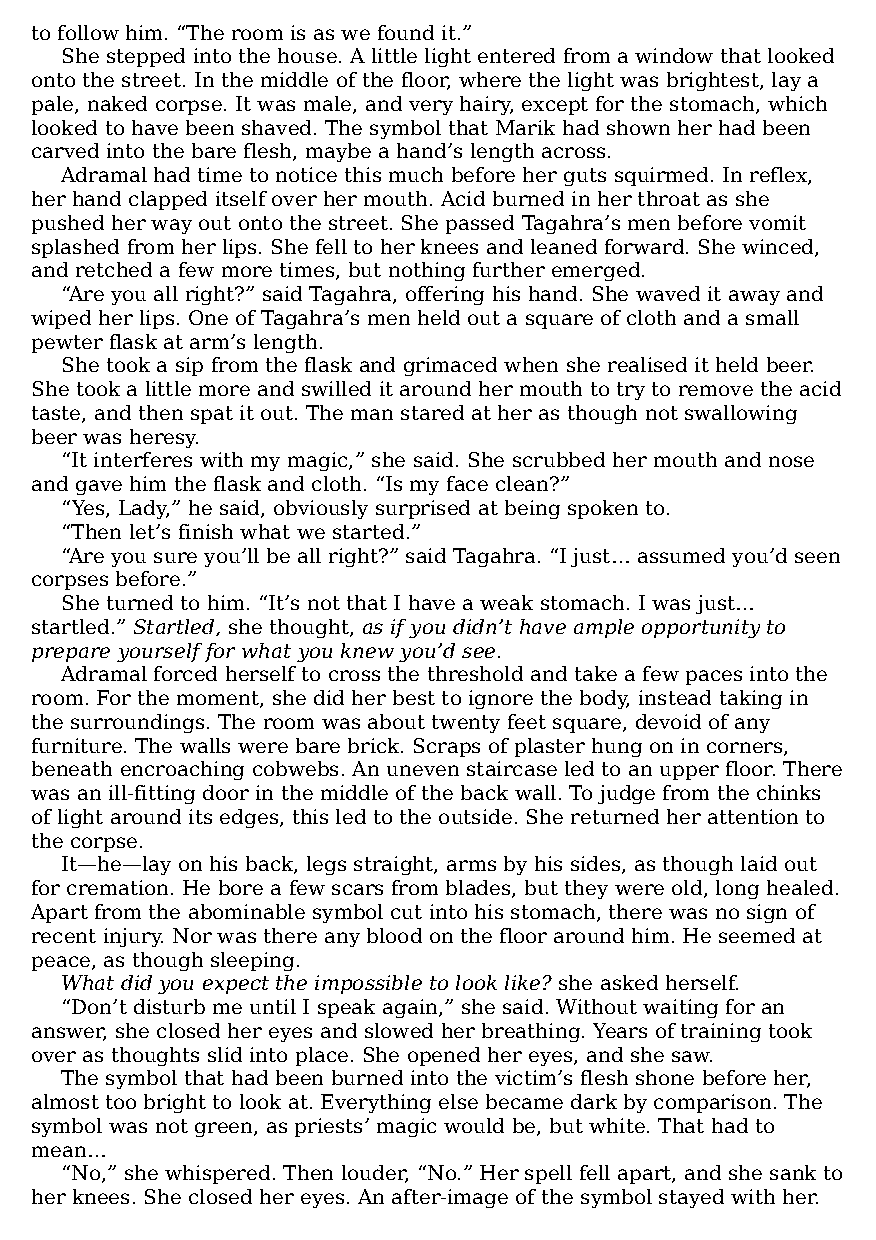
to follow him. “The room is as we found it.”
 She stepped into the house. A little light entered from a window that looked
 onto the street. In the middle of the floor, where the light was brightest, lay a
 pale, naked corpse. It was male, and very hairy, except for the stomach, which
 looked to have been shaved. The symbol that Marik had shown her had been
 carved into the bare flesh, maybe a hand’s length across.
 Adramal had time to notice this much before her guts squirmed. In reflex,
 her hand clapped itself over her mouth. Acid burned in her throat as she
 pushed her way out onto the street. She passed Tagahra’s men before vomit
 splashed from her lips. She fell to her knees and leaned forward. She winced,
 and retched a few more times, but nothing further emerged.
 “Are you all right?” said Tagahra, offering his hand. She waved it away and
 wiped her lips. One of Tagahra’s men held out a square of cloth and a small
 pewter flask at arm’s length.
 She took a sip from the flask and grimaced when she realised it held beer.
 She took a little more and swilled it around her mouth to try to remove the acid
 taste, and then spat it out. The man stared at her as though not swallowing
 beer was heresy.
 “It interferes with my magic,” she said. She scrubbed her mouth and nose
 and gave him the flask and cloth. “Is my face clean?”
 “Yes, Lady,” he said, obviously surprised at being spoken to.
 “Then let’s finish what we started.”
 “Are you sure you’ll be all right?” said Tagahra. “I just… assumed you’d seen
 corpses before.”
 She turned to him. “It’s not that I have a weak stomach. I was just…
 startled.” Startled, she thought, as if you didn’t have ample opportunity to
 prepare yourself for what you knew you’d see.
 Adramal forced herself to cross the threshold and take a few paces into the
 room. For the moment, she did her best to ignore the body, instead taking in
 the surroundings. The room was about twenty feet square, devoid of any
 furniture. The walls were bare brick. Scraps of plaster hung on in corners,
 beneath encroaching cobwebs. An uneven staircase led to an upper floor. There
 was an ill-fitting door in the middle of the back wall. To judge from the chinks
 of light around its edges, this led to the outside. She returned her attention to
 the corpse.
 It—​he—​lay on his back, legs straight, arms by his sides, as though laid out
 for cremation. He bore a few scars from blades, but they were old, long healed.
 Apart from the abominable symbol cut into his stomach, there was no sign of
 recent injury. Nor was there any blood on the floor around him. He seemed at
 peace, as though sleeping.
 What did you expect the impossible to look like? she asked herself.
 “Don’t disturb me until I speak again,” she said. Without waiting for an
 answer, she closed her eyes and slowed her breathing. Years of training took
 over as thoughts slid into place. She opened her eyes, and she saw.
 The symbol that had been burned into the victim’s flesh shone before her,
 almost too bright to look at. Everything else became dark by comparison. The
 symbol was not green, as priests’ magic would be, but white. That had to
 mean…
 “No,” she whispered. Then louder, “No.” Her spell fell apart, and she sank to
 her knees. She closed her eyes. An after-image of the symbol stayed with her.